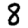
Digit: 8